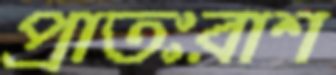
প্রাতঃরাশ